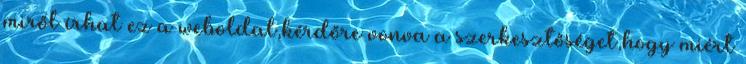
miről í­rhat ez a weboldal,kérdőre vonva a szerkesztőséget,hogy miért